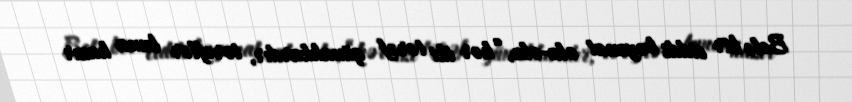
Belə bir ciddi bəyanat ola-ola, “hər iki tərəf günahkardır, tərəflər buna hazır